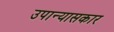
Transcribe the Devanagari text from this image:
उपान्यासकार